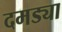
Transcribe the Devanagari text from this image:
दमड्या